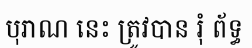
បុរាណ នេះ ត្រូវបាន រុំ ព័ទ្ធ